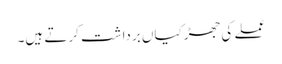
عملے کی جھڑکیاں برداشت کرتے ہیں۔